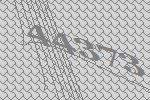
44373